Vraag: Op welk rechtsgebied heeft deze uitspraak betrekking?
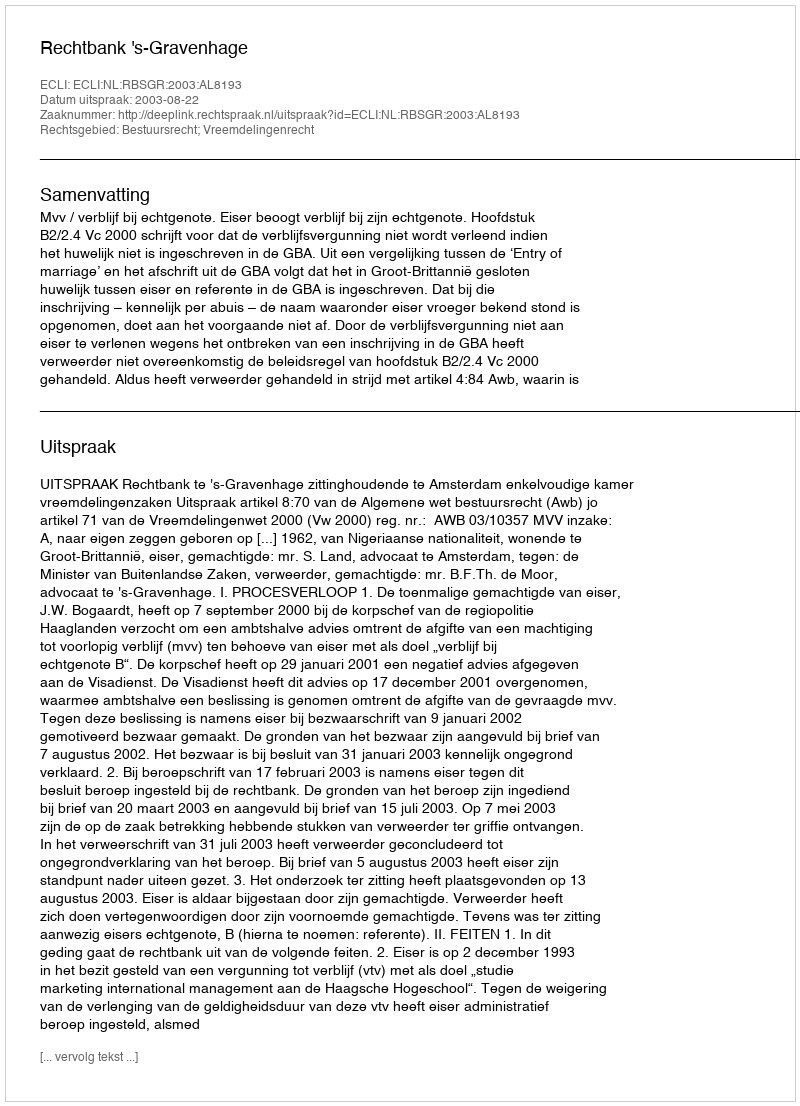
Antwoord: Bestuursrecht; Vreemdelingenrecht